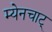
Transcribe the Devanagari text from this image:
म्येनचाट्